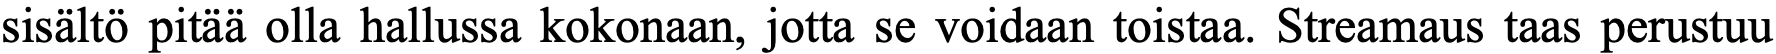
sisältö pitää olla hallussa kokonaan, jotta se voidaan toistaa. Streamaus taas perustuu